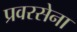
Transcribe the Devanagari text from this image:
प्रवरसेना